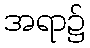
အရာ၌